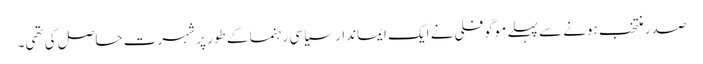
صدر منتخب ہونے سے پہلے موگوفلی نے ایک ایماندار سیاسی رہنما کے طور پر شہرت حاصل کی تھی۔